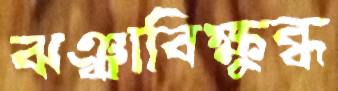
ঝঞ্ঝাবিক্ষুব্ধ